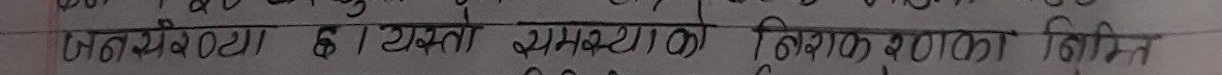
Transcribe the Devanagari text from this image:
जलसंख्या ६/२४६। अमरसिंह निवासी बालकला बिमि।